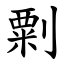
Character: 㔄